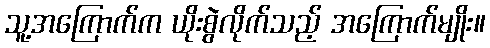
သူ့အကြောက်က ယိုးစွဲလိုက်သည့် အကြောက်မျိုး။